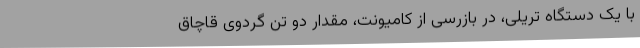
با یک دستگاه تریلی، در بازرسی از کامیونت، مقدار دو تن گردوی قاچاق